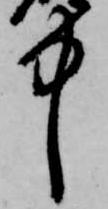
中